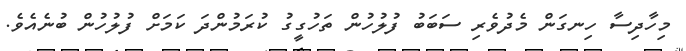
މިހާދިސާ ހިނގަން މެދުވެރި ސަބަބު ފުލުހުން ތަހުގީގު ކުރަމުންދަ ކަމަށް ފުލުހުން ބުނެއެވެ.